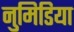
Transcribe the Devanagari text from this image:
नुमिडिया